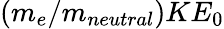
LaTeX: (m_{e}/m_{neutral})KE_{0}